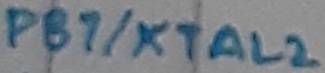
Text: PB7/XTAL2